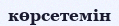
көрсетемін